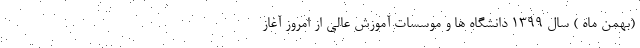
(بهمن ماه ) سال ۱۳۹۹ دانشگاه ها و موسسات آموزش عالی از امروز آغاز